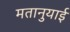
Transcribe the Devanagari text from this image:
मतानुयाई